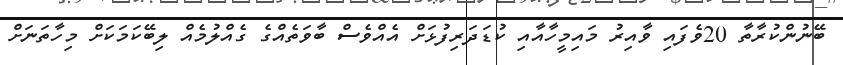
ބޭނުންކުރާތާ 20ވެފައި ވާއިރު މައިމީހާއާއި ކުޑަދަރިފުޅަށް އެއްވެސް ބާވަތެއްގެ ގެއްލުމެއް ލިބޭކަމަކަށް މިހާތަނަށް